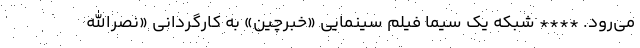
می‌رود. **** شبکه یک سیما فیلم سینمایی «خبرچین» به کارگردانی «نصرالله